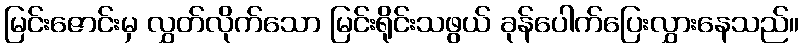
မြင်းဇောင်းမှ လွှတ်လိုက်သော မြင်းရိုင်းသဖွယ် ခုန်ပေါက်ပြေးလွှားနေသည်။